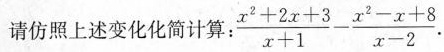
请仿照上述变化化简计算： $$\frac { x ^ { 2 } + 2 x + 3 } { x + 1 } - \frac { x ^ { 2 } - x + 8 } { x - 2 }$$ .